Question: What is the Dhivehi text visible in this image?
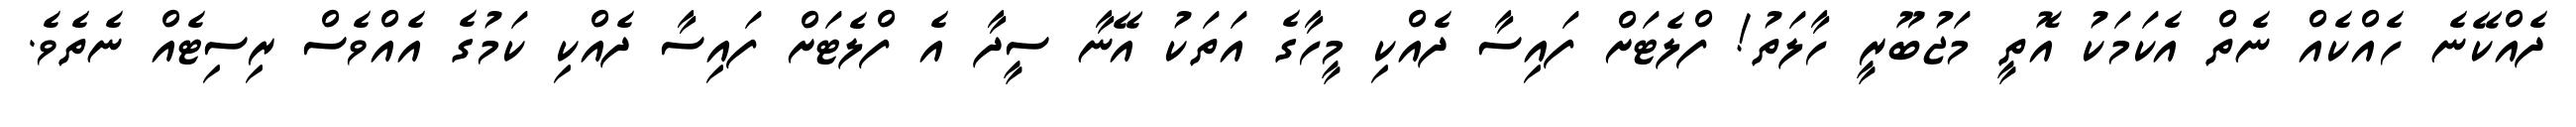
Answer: ދެއްކޭނެ ހެއްކެއް ނެތް އެކަމަކު އޮތީ މަޖުބޫރީ ހާލަތު! ފްލެޓަށް ފައިސާ ދެއްކި މީހާގެ އަތަކު އޭނާ ސީދާ އެ ފްލެޓަށް ފައިސާ ދެއްކި ކަމުގެ އެއްވެސް ރިސިޓެއް ނެތެވެ.